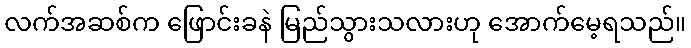
လက်အဆစ်က ဖြောင်းခနဲ မြည်သွားသလားဟု အောက်မေ့ရသည်။